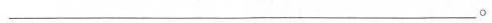
__________。